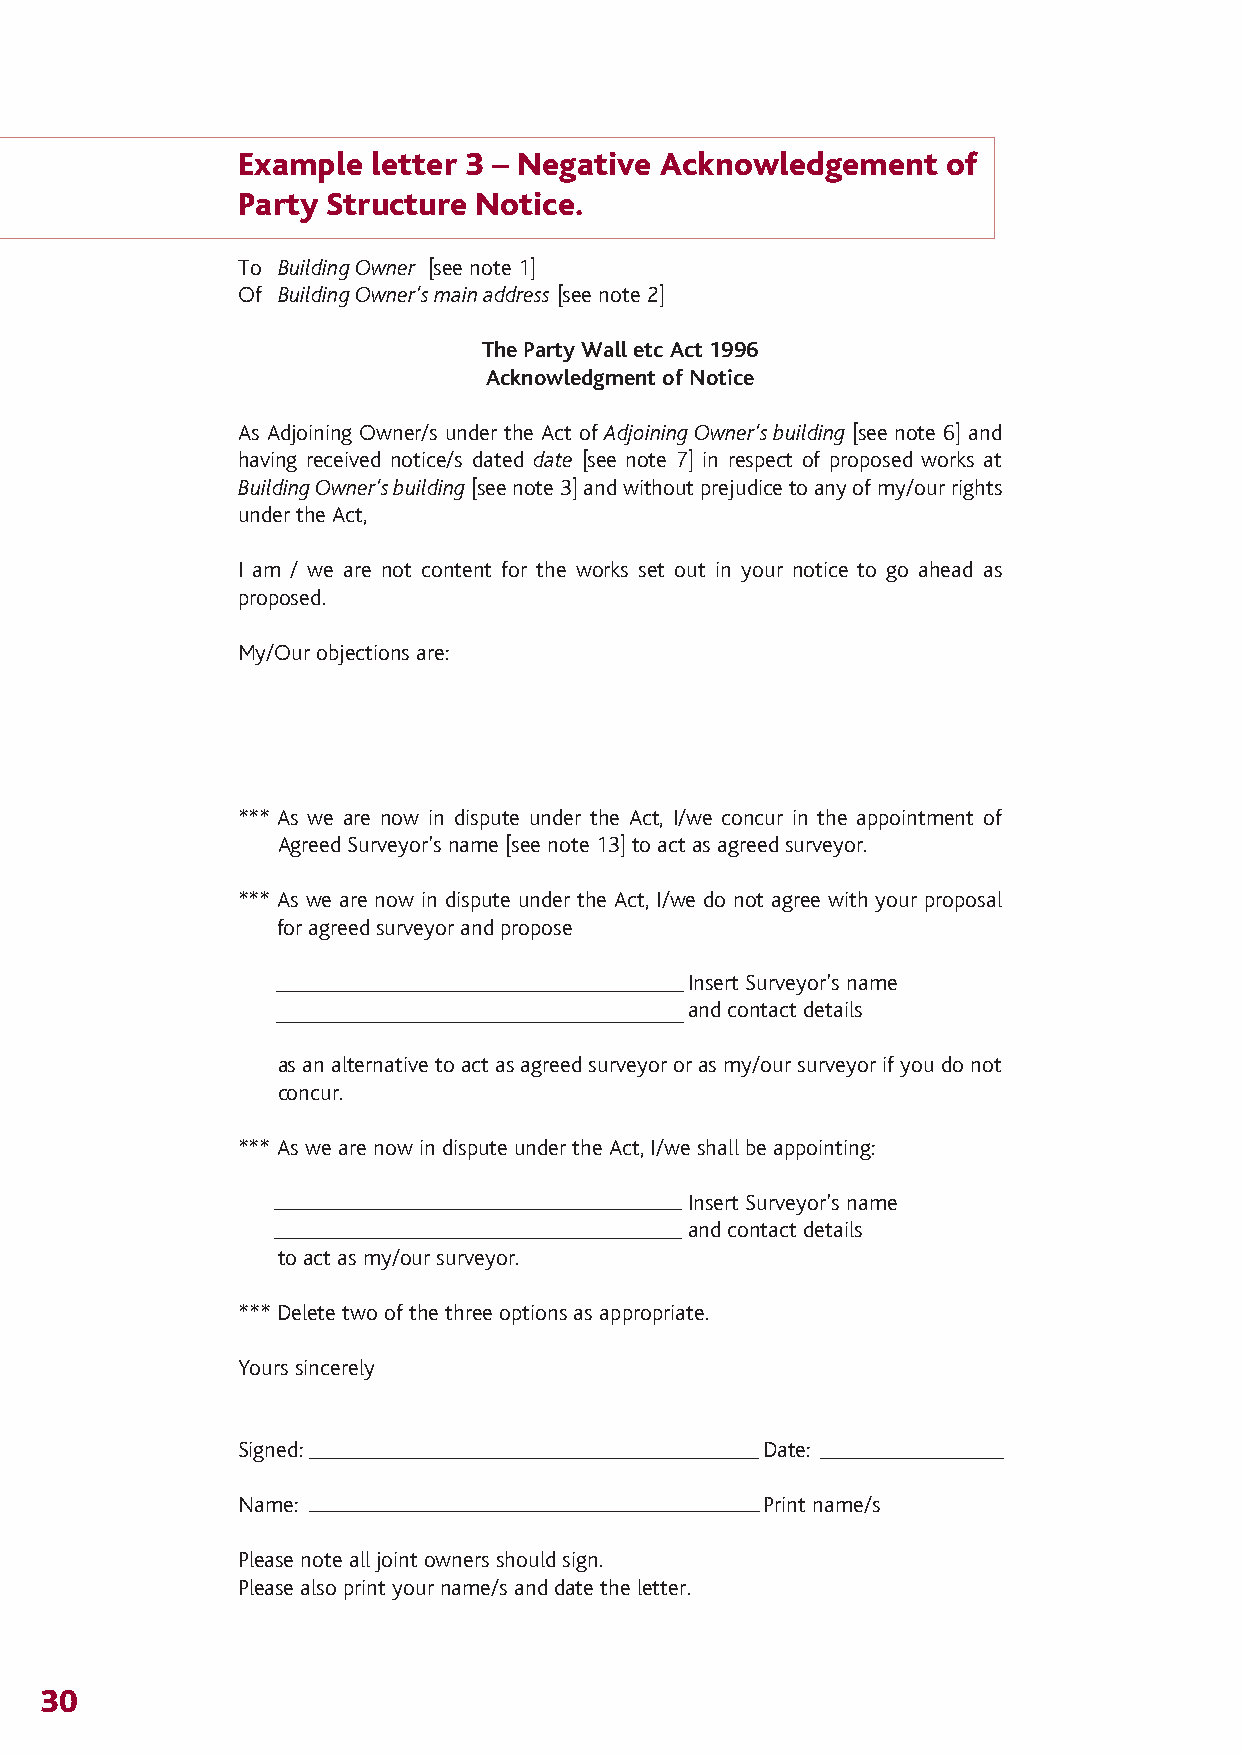
The Party Wall 12/4/07 14:28 Page 33
 Example letter 3 – Negative Acknowledgement   of
 Party Structure Notice.
 To Building Owner [see note 1]
 Of Building Owner’s main address [see note 2]
 The Party Wall etc Act 1996
 Acknowledgment of Notice
 As Adjoining Owner/s under the Act of Adjoining Owner’s building [see note 6] and
 having received notice/s dated date [see note 7] in respect of proposed works at
 Building Owner’s building[see note 3] and without prejudice to any of my/our rights
 under the Act,
 I am / we are not content for the works set out in your notice to go ahead as
 proposed.
 My/Our objections are:
 *** As we are now in dispute under the Act, I/we concur in the appointment of
 Agreed Surveyor’s name [see note 13] to act as agreed surveyor.
 *** As we are now in dispute under the Act, I/we do not agree with your proposal
 for agreed surveyor and propose
 Insert Surveyor’s name
 and contact details
 as an alternative to act as agreed surveyor or as my/our surveyor if you do not
 concur.
 *** As we are now in dispute under the Act, I/we shall be appointing:
 Insert Surveyor’s name
 and contact details
 to act as my/our surveyor.
 *** Delete two of the three options as appropriate.
 Yours sincerely
 Signed:                           Date:
 Name:                             Print name/s
 Please note all joint owners should sign.
 Please also print your name/s and date the letter.
 30